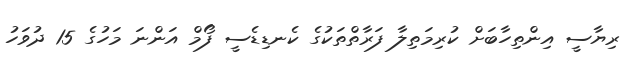
ރިޔާސީ އިންތިހާބަށް ކުރިމަތިލާ ފަރާތްތަކުގެ ކެނޑިޑެސީ ފޯމް އަންނަ މަހުގެ 15 ދުވަހު